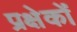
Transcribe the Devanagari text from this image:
प्रक्षेकों